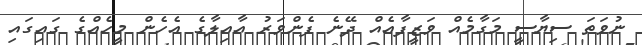
ނުވަތަ ސިޔާސީ މަގާމެއް ވަޒީފާއެއް ދޭނެ ފެންވަރު އާއިލާގެ އެހެން މީހެއްގެ ގައިގައި